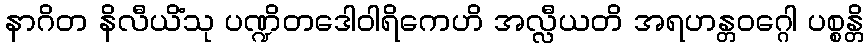
နာဂိတ နိလီယိံသု ပဏ္ဍိတဒေါဝါရိကေဟိ အလ္လီယတိ အရဟန္တဝဂ္ဂေါ ပစ္စန္တိ